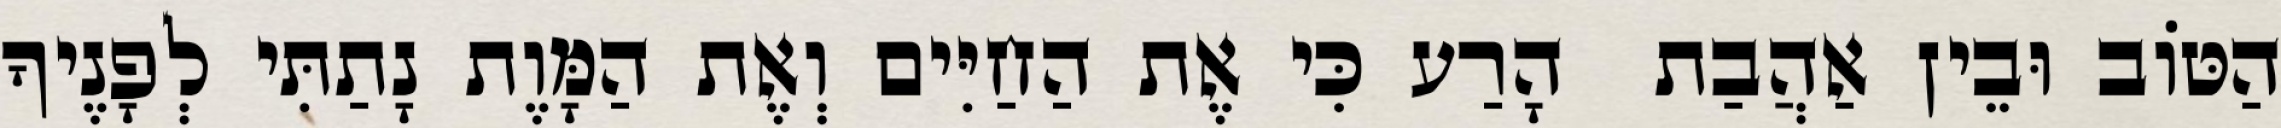
הַטּוֹב וּבֵין אַהֲבַת  הָרַע כִּי אֶת הַחַיִּים וְאֶת הַמָּוֶת נָתַתִּי לְפָנֶיךָ